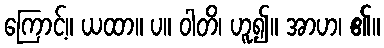
ကြောင့်။ ယထာ။ ပ။ ဝါတိ၊ ဟူ၍။ အာဟ၊ ၏။